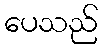
ပေသည်